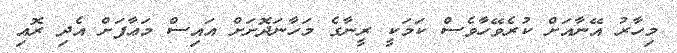
މިހާރު އޭނާއަށް ކުރެވޭހާވެސް ކަމަކީ ރީނާގެ މަހާނަދޮށަށް އައިސް މަޢާފަށް އެދި ރޮއި